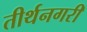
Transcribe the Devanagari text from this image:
तीर्थनगरी